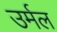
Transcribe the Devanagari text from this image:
उर्मल